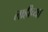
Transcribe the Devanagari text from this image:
लाहीच्या